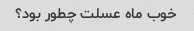
خوب ماه عسلت چطور بود؟